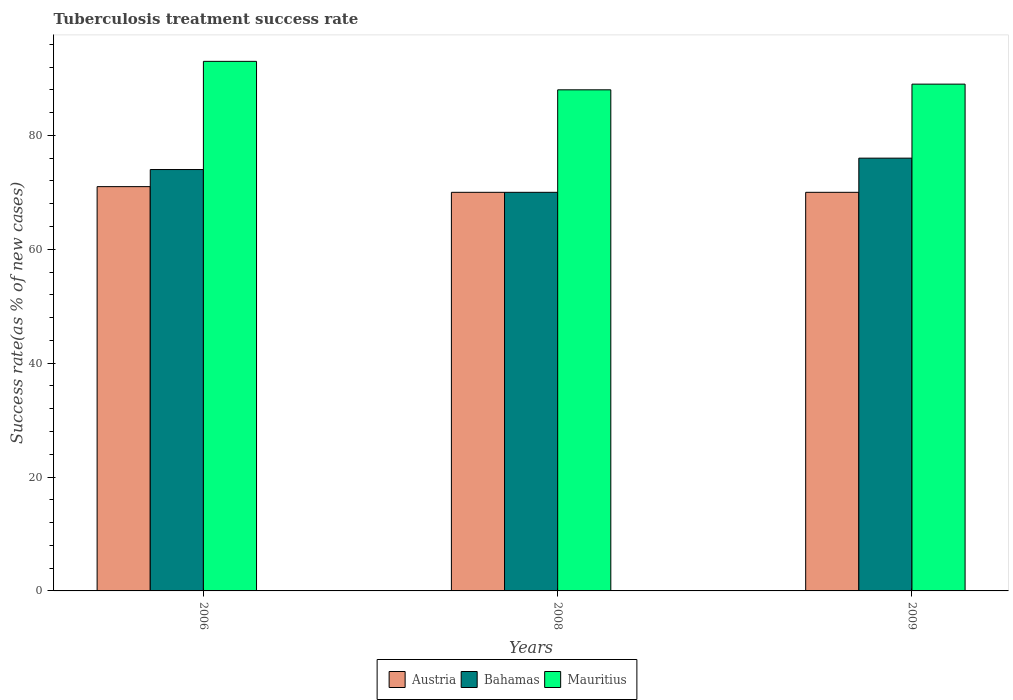
| Years | Austria | Bahamas | Mauritius |
 | --- | --- | --- | --- |
 | 2006 | 71 | 74 | 93 |
 | 2008 | 70 | 70 | 88 |
 | 2009 | 70 | 76 | 89 |